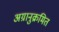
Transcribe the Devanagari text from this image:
अग्रानुक्रमित